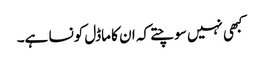
کبھی نہیں سوچتے کہ ان کا ماڈل کونسا ہے۔